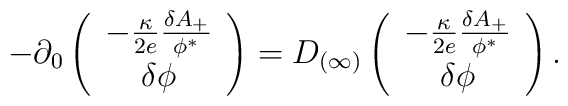
-\partial_0 \left( \begin{array}{c} -{\kappa\over2e} {\delta A_+\over\phi^*} \\ \delta \phi \end{array} \right)=D_{(\infty)} \left( \begin{array}{c}-{\kappa\over2e} {\delta A_+\over\phi^*} \\ \delta \phi \end{array}\right) .